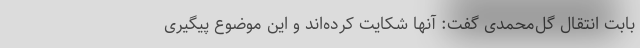
بابت انتقال گل‌محمدی گفت: آنها شکایت کرده‌اند و این موضوع پیگیری